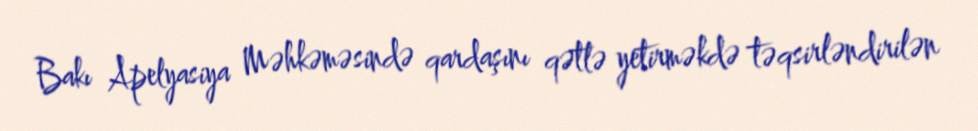
Bakı Apelyasiya Məhkəməsində qardaşını qətlə yetirməkdə təqsirləndirilən